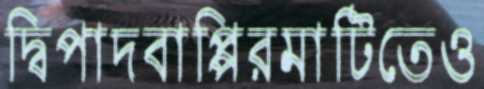
দ্বিপাদবাপ্পিরমাটিতেও